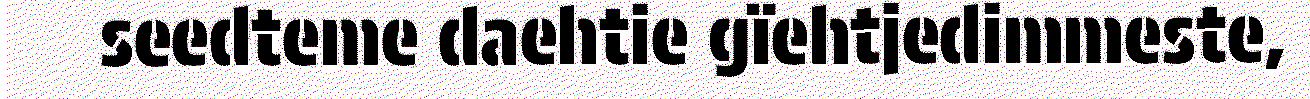
seedteme daehtie gïehtjedimmeste,